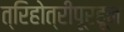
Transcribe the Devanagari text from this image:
त्रिहोत्रीपूरहून